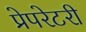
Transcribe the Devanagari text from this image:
प्रेपरेटरी